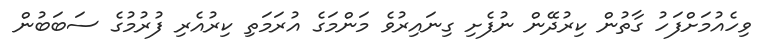
ވިހެއުމަށްފަހު ގާތުން ކިރުދޭން ނުފެށި ގިނައިރުވެ މަންމަގެ އުރަމަތި ކިރުއެރި ފުރުމުގެ ސަބަބުން